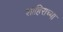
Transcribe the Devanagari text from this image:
शाहिराच्या